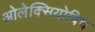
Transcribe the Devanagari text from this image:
ओलेक्सियोविच